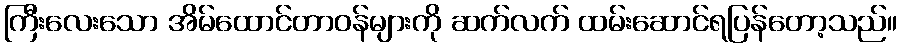
ကြီးလေးသော အိမ်ထောင်တာဝန်များကို ဆက်လက် ထမ်းဆောင်ရပြန်တော့သည်။